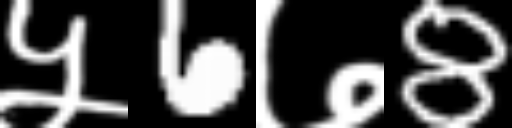
Text: ५6७8